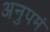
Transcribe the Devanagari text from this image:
अनुपमं